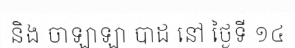
និង ចាឡាឡា បាដ នៅ ថ្ងៃទី ១៤